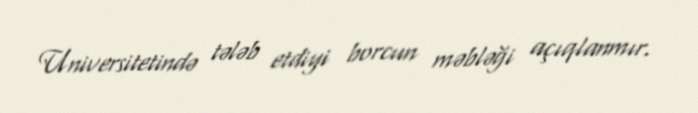
Universitetində tələb etdiyi borcun məbləği açıqlanmır.